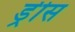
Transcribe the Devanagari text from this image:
ड्रीस